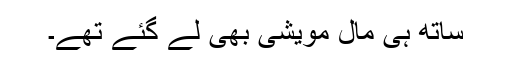
ساتھ ہی مال مویشی بھی لے گئے تھے۔